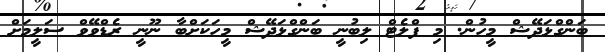
ބަންގްޅަދޭޝް މީހުން. މި ފްލެޓް ލިބުނީ ބަންގްޅަދޭޝް މީހަކަށްބާ ނޫނީ ރެޑްވޭވް ސަލީމަށް